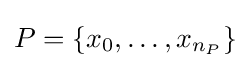
P=\{x_{0},\ldots ,x_{n_{P}}\}